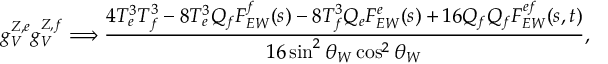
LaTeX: g _ { V } ^ { Z , e } g _ { V } ^ { Z , f } \Longrightarrow { \frac { 4 T _ { e } ^ { 3 } T _ { f } ^ { 3 } - 8 T _ { e } ^ { 3 } Q _ { f } F _ { E W } ^ { f } ( s ) - 8 T _ { f } ^ { 3 } Q _ { e } F _ { E W } ^ { e } ( s ) + 1 6 Q _ { f } Q _ { f } F _ { E W } ^ { e f } ( s , t ) } { 1 6 \sin ^ { 2 } \theta _ { W } \cos ^ { 2 } \theta _ { W } } } ,